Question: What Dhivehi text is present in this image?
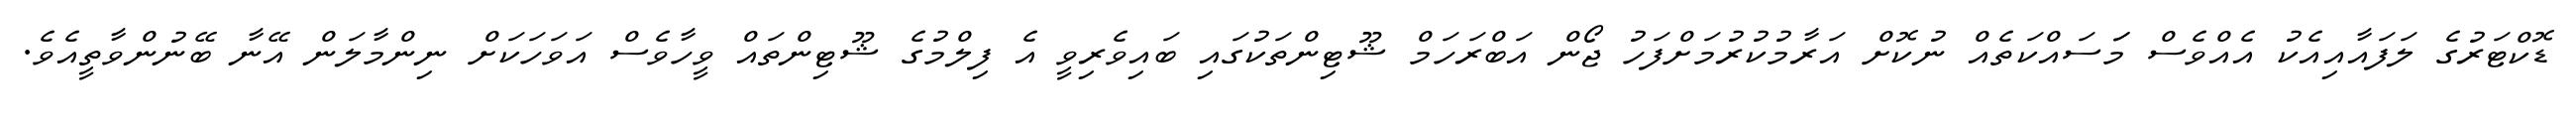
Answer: ޑޮކްޓަރުގެ ލަފައާއިއެކު އެއްވެސް މަަސައްކަތެއް ނުކޮށް އަރާމުކުރުމަށްފަހު ޖޯން އަބްރަހަމް ޝޫޓިންތަކުގައި ބައިވެރިވީ އެ ފިލްމުގެ ޝޫޓިންތައް ވީހާވެސް އަވަހަކަށް ނިންމާލަން އޭނާ ބޭނުންވާތީއެވެ.